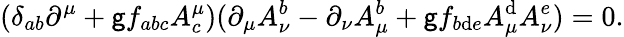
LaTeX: (\delta_{ab}\partial^{\mu}+\mathsf{g}f_{abc}A_{c}^{\mu})(\partial_{\mu}A_{\nu}^{b}-\partial_{\nu}A_{\mu}^{b}+\mathsf{g}f_{b\mathrm{d}e}A_{\mu}^{\mathrm{d}}A_{\nu}^{e})=0.